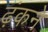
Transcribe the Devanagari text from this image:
ढ़ंकने